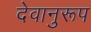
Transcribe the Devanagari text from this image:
देवानुरूप